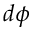
d \phi